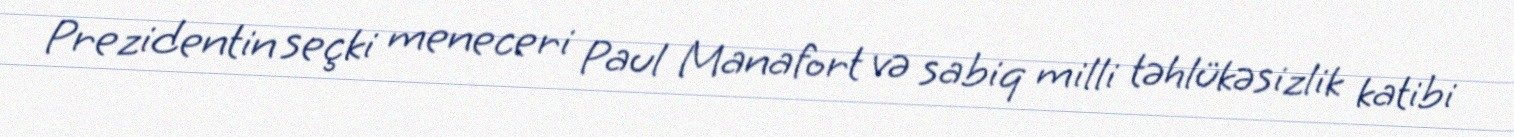
Prezidentin seçki meneceri Paul Manafort və sabiq milli təhlükəsizlik katibi